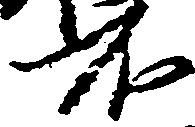
不